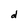
Character: d